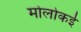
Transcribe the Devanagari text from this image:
मोलोकई